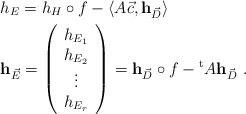
LaTeX: \begin{align*}&h_{E}=h_{H}\circ f-\left<A \vec{c}, {\bf h}_{\vec{D}}\right>\\&{\bf h}_{\vec{E}}=\left(\begin{array}{c}h_{E_{1}}\\h_{E_{2}}\\\vdots \\h_{E_{r}}\end{array}\right)={\bf h}_{\vec{D}}\circ f -{}^{\rm t}A {\bf h}_{\vec{D}}\ .\end{align*}